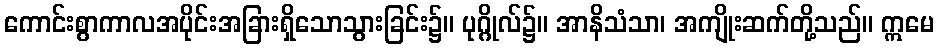
ကောင်းစွာကာလအပိုင်းအခြားရှိသောသွားခြင်း၌။ ပုဂ္ဂိုလ်၌။ အာနိသံသာ၊ အကျိုးဆက်တို့သည်။ ဣမေ